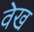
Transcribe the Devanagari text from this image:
वेख